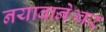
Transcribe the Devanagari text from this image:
नयाबानेश्वर